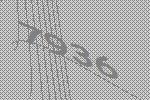
7936